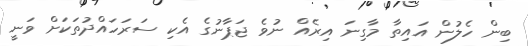
ބިން ހެލުން އައިތާ މާގިނަ އިރެއް ނުވެ ޖަޕާނުގެ އެކި ސަރަހައްދުތަކަށް ވަނީ